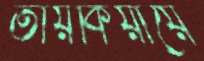
তায়কিয়ায়ে